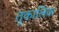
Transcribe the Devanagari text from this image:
तुकालिक